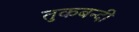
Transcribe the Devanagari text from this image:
तुकबन्दी